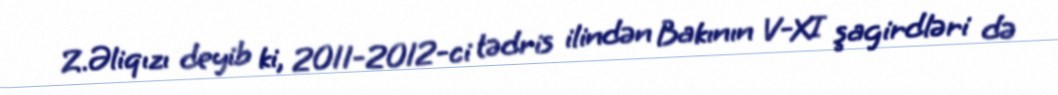
Z.Əliqızı deyib ki, 2011-2012-ci tədris ilindən Bakının V-XI şagirdləri də